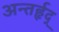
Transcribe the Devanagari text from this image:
अन्तर्हृद्‍